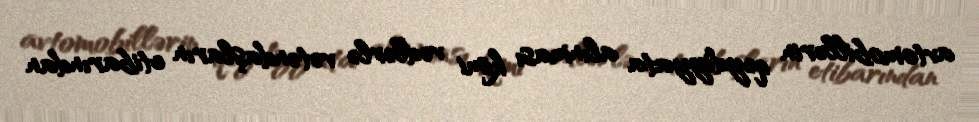
avtomobillərin qeydiyyata alınması kimi vədlərlə vətəndaşların etibarından